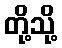
တို့သို့